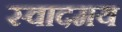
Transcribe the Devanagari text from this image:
स्वादमय